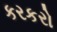
કરકરો